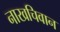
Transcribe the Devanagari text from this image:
नाखचिवान